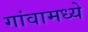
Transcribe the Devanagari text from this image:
गांवामध्ये